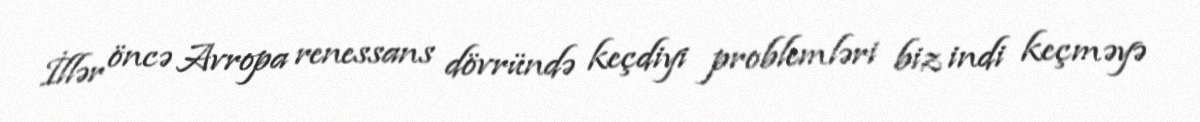
İllər öncə Avropa renessans dövründə keçdiyi problemləri biz indi keçməyə